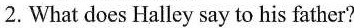
2.What does Halley say to his father?